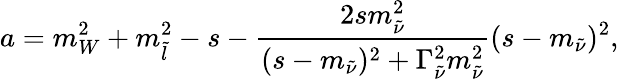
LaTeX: a=m_{W}^{2}+m_{\tilde{l}}^{2}-s-\frac{2sm_{\tilde{\nu}}^{2}}{(s-m_{\tilde{\nu}})^{2}+\Gamma_{\tilde{\nu}}^{2}m_{\tilde{\nu}}^{2}}{(s-m_{\tilde{\nu}})^{2}},